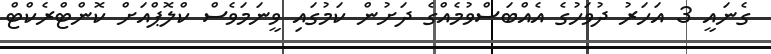
ގެނައީ 3 އަހަރު ދުވަހުގެ އެއްބަސްވުމެއްގެ ދަށުން ކަމުގައި ވީނަމަވެސް ކްލޮޕްއަށް ކޮންޓްރެކްޓް